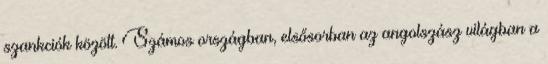
szankciók között. Számos országban, elsősorban az angolszász világban a